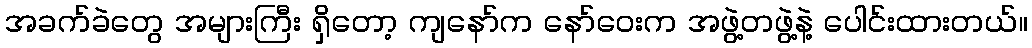
အခက်ခဲတွေ အများကြီး ရှိတော့ ကျနော်က နော်ဝေးက အဖွဲ့တဖွဲ့နဲ့ ပေါင်းထားတယ်။